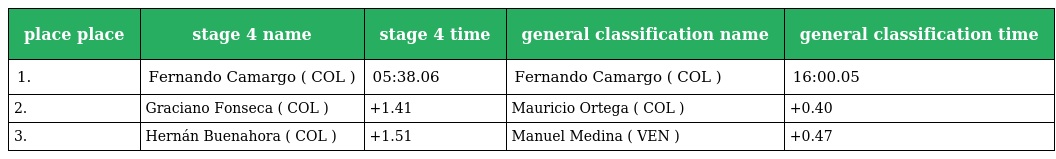
| place place | stage 4 name | stage 4 time | general classification name | general classification time |
 | --- | --- | --- | --- | --- |
 | 1. | Fernando Camargo ( COL ) | 05:38.06 | Fernando Camargo ( COL ) | 16:00.05 |
 | 2. | Graciano Fonseca ( COL ) | +1.41 | Mauricio Ortega ( COL ) | +0.40 |
 | 3. | Hernán Buenahora ( COL ) | +1.51 | Manuel Medina ( VEN ) | +0.47 |